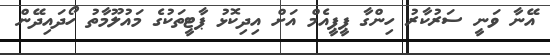
އޭނާ ވަނީ ސަރުކާރު ހިންގާ ޕީޕީއެމް އަށް އިދިކޮޅު ޕާޓީތަކުގެ މައުލޫމާތު ހޯދައިދޭން